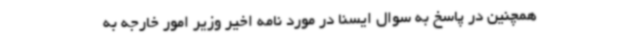
همچنین در پاسخ به سوال ایسنا در مورد نامه اخیر وزیر امور خارجه به